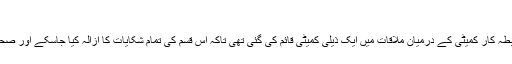
‘
23 اپریل کو حکومتی اور رابطہ کار کمیٹی کے درمیان ملاقات میں ایک ذیلی کمیٹی قائم کی گئی تھی تاکہ اس قسم کی تمام شکایات کا ازالہ کیا جاسکے اور صحیح فیصلے پر پہنچا جا سکے۔